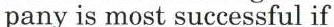
pany is most successful if